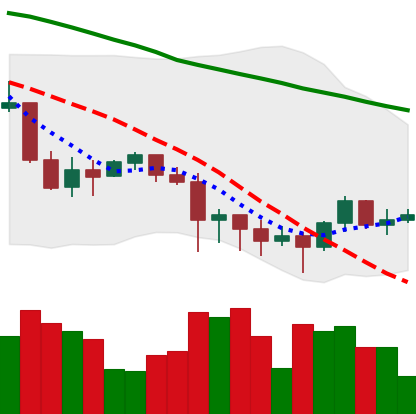
Ticker: XRP-USD
Chart end date: 2022-01-15
Forward return: -7.935%
Label: down_7plus